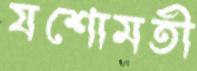
যশোমতী